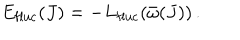
E _ { \mathrm { f l u c } } ( J ) = - L _ { \mathrm { f l u c } } ( \bar { \omega } ( J ) ) \, .